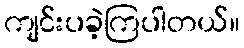
ကျင်းပခဲ့ကြပါတယ်။